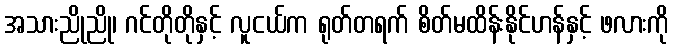
အသားညိုညို၊ ဂင်တိုတိုနှင့် လူငယ်က ရုတ်တရက် စိတ်မထိန်းနိုင်ဟန်နှင့် ဖလားကို